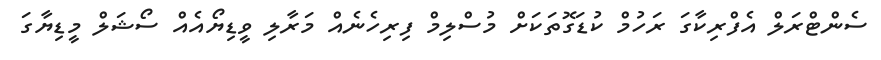
ސެންޓްރަލް އެފްރިކާގަ ރަހުމް ކުޑަގޮތަކަށް މުސްލިމް ފިރިހެނެއް މަރާލި ވީޑިޔޯއެއް ސޯޝަލް މީޑިޔާގަ